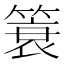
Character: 簑